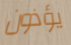
يؤذون